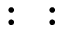
: ~ ~ :